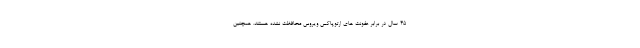
۴۵ سال در برابر عفونت های ارتوپاکس ویروس محافظت نشده هستند. همچنین